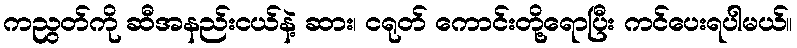
ကညွတ်ကို ဆီအနည်းငယ်နဲ့ ဆား၊ ငရုတ် ကောင်းတို့ရောပြီး ကင်ပေးရပါမယ်။